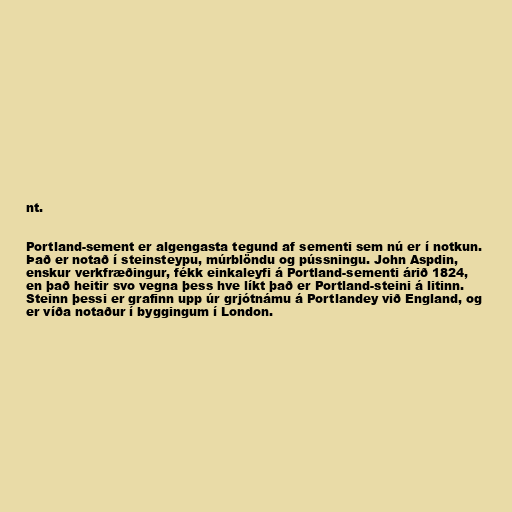
nt.

Portland-sement er algengasta tegund af sementi sem nú er í notkun.
Það er notað í steinsteypu, múrblöndu og pússningu. John Aspdin,
enskur verkfræðingur, fékk einkaleyfi á Portland-sementi árið 1824,
en það heitir svo vegna þess hve líkt það er Portland-steini á litinn.
Steinn þessi er grafinn upp úr grjótnámu á Portlandey við England, og
er víða notaður í byggingum í London.